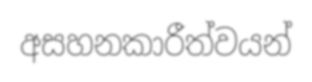
අසහනකාරීත්වයන්